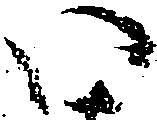
い